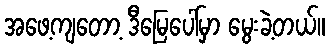
အဖေ့ကျတော့ ဒီမြေပေါ်မှာ မွေးခဲ့တယ်။